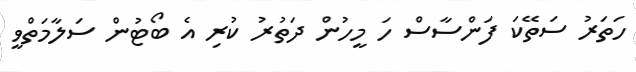
ހަތަރު ސަތޭކަ ފަންސާސް ހަ މީހުން ދަތުރު ކުރި އެ ބޯޓުން ސަލާމަތްވީ